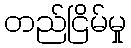
တည်ငြိမ်မှု